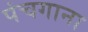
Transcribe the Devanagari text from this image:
पंचगाना